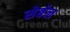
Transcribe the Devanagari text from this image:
सेर्बल